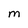
Character: M